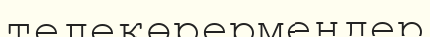
телекөрермендер